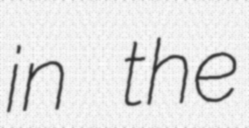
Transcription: in the